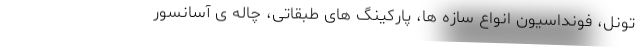
تونل، فونداسیون انواع سازه ها، پارکینگ های طبقاتی، چاله ی آسانسور